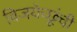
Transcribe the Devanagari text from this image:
विजयेच्छूंची